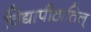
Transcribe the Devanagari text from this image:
विद्यापीठातिल्